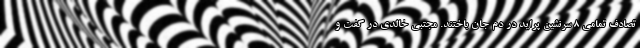
تصادف تمامی ۸ سرنشین پراید در دم جان باختند. مجتبی خالدی در گفت و